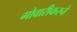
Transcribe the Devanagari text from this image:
गोवारीकरने